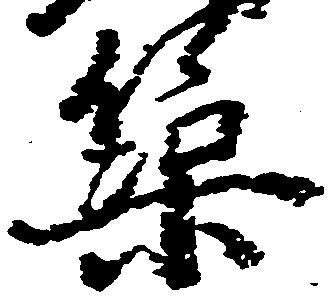
築